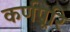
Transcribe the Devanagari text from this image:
कर्णपूरि